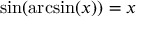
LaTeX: \sin ( \arcsin ( x ) ) = x